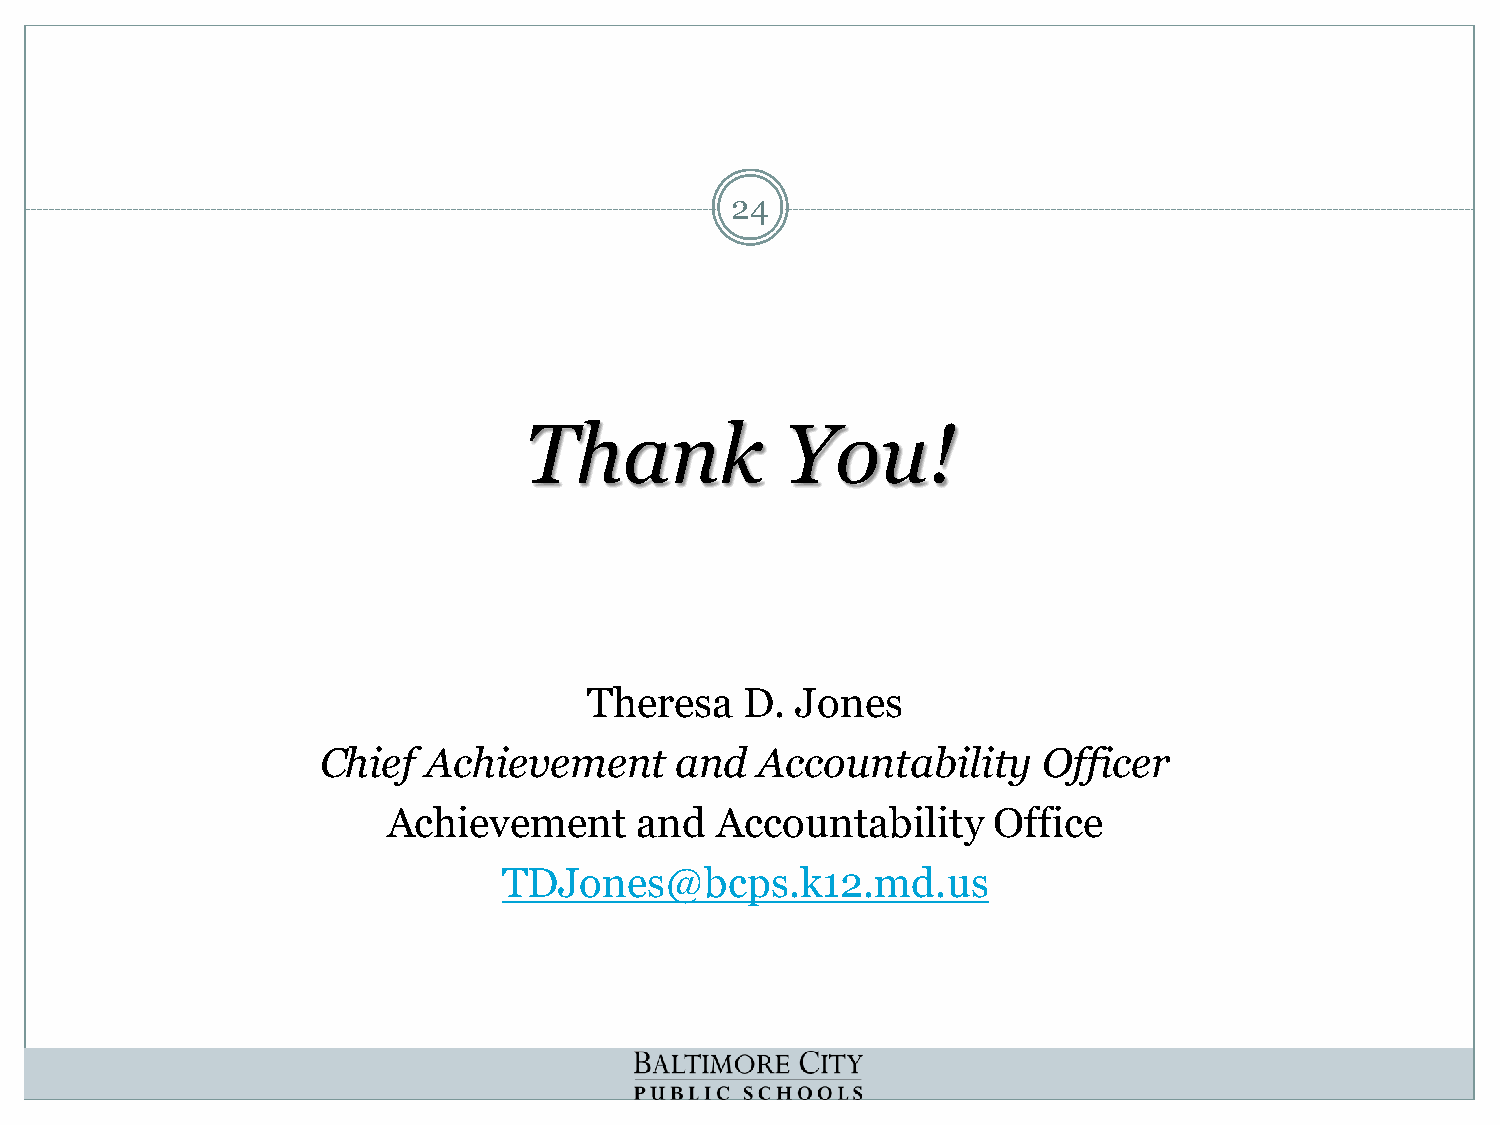
24
 Thank            You!
 Theresa   D.  Jones
 Chief  Achievement      and  Accountability     Officer
 Achievement     and  Accountability     Office
 TDJones@bcps.k12.md.us